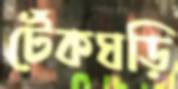
টেঁকঘড়ি